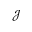
\mathcal { J }